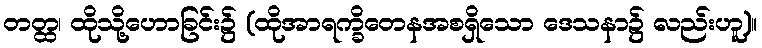
တတ္ထ၊ ထိုသို့ဟောခြင်း၌ (ထိုအာရက္ခိတေနအစရှိသော ဒေသနာ၌ လည်းဟူ)။